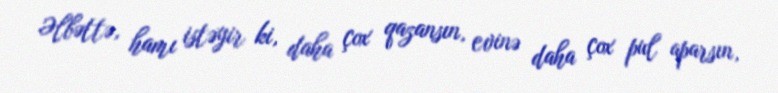
Əlbəttə, hamı istəyir ki, daha çox qazansın, evinə daha çox pul aparsın,